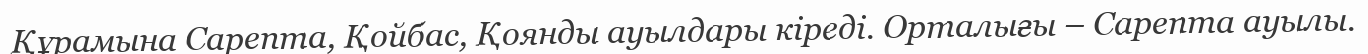
Құрамына Сарепта, Қойбас, Қоянды ауылдары кіреді. Орталығы – Сарепта ауылы.